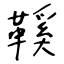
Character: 鞵